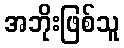
အဘိုးဖြစ်သူ